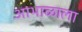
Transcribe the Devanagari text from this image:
आभाळाला